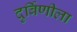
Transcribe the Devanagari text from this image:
दुर्बिणीला